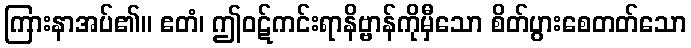
ကြားနာအပ်၏။ ဧတံ၊ ဤဝဋ်ကင်းရာနိဗ္ဗာန်ကိုမှီသော စိတ်ပွားစေတတ်သော